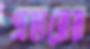
প্রহারের